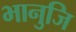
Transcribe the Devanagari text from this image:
भानुजि